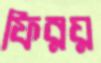
ফিরয়